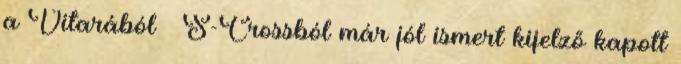
a Vitarából S-Crossból már jól ismert kijelző kapott